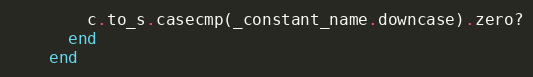
Language: Ruby
        c.to_s.casecmp(_constant_name.downcase).zero?
      end
    end